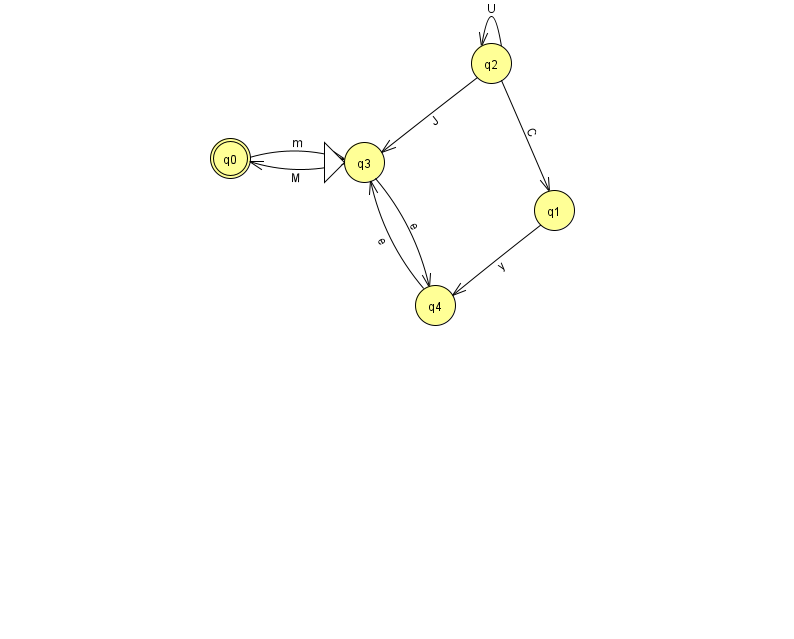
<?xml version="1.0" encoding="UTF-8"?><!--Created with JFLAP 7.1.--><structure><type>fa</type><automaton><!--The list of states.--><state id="0" name="q0"><x>230.0</x><y>145.0</y><final/></state><state id="1" name="q1"><x>554.0</x><y>197.0</y></state><state id="2" name="q2"><x>491.0</x><y>50.0</y></state><state id="3" name="q3"><x>364.0</x><y>149.0</y><initial/></state><state id="4" name="q4"><x>435.0</x><y>292.0</y></state><!--The list of transitions.--><transition><from>2</from><to>1</to><read>C</read></transition><transition><from>2</from><to>2</to><read>U</read></transition><transition><from>1</from><to>4</to><read>y</read></transition><transition><from>3</from><to>4</to><read>e</read></transition><transition><from>4</from><to>3</to><read>e</read></transition><transition><from>2</from><to>3</to><read>J</read></transition><transition><from>0</from><to>3</to><read>m</read></transition><transition><from>3</from><to>0</to><read>M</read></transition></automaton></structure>